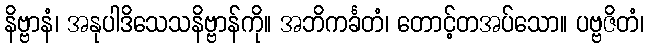
နိဗ္ဗာနံ၊ အနုပါဒိသေသနိဗ္ဗာန်ကို။ အဘိကင်္ခတံ၊ တောင့်တအပ်သော။ ပဗ္ဗဇိတံ၊